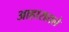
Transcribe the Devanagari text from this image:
आहारातले